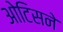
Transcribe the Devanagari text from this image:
ओटिसने